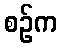
စဉ်က